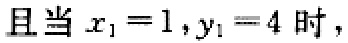
且当 \(x_{1}=1,y_{1}=4\) 时，